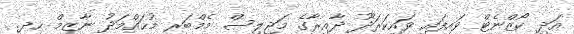
އަދި ކޯޒްނެޓް ވައިފައި ވައިކަރަދޫ ދާއިރާގެ މަޖިލިސް މެމްބަރ މުޙައްމަދު ނާޒިމް ހދ.